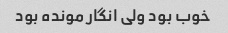
خوب بود ولی انگار مونده بود